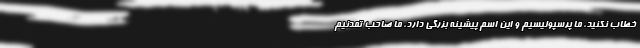
خطاب نکنید، ما پرسپولیسیم و این اسم پیشینه بزرگی دارد، ما صاحب تمدنیم